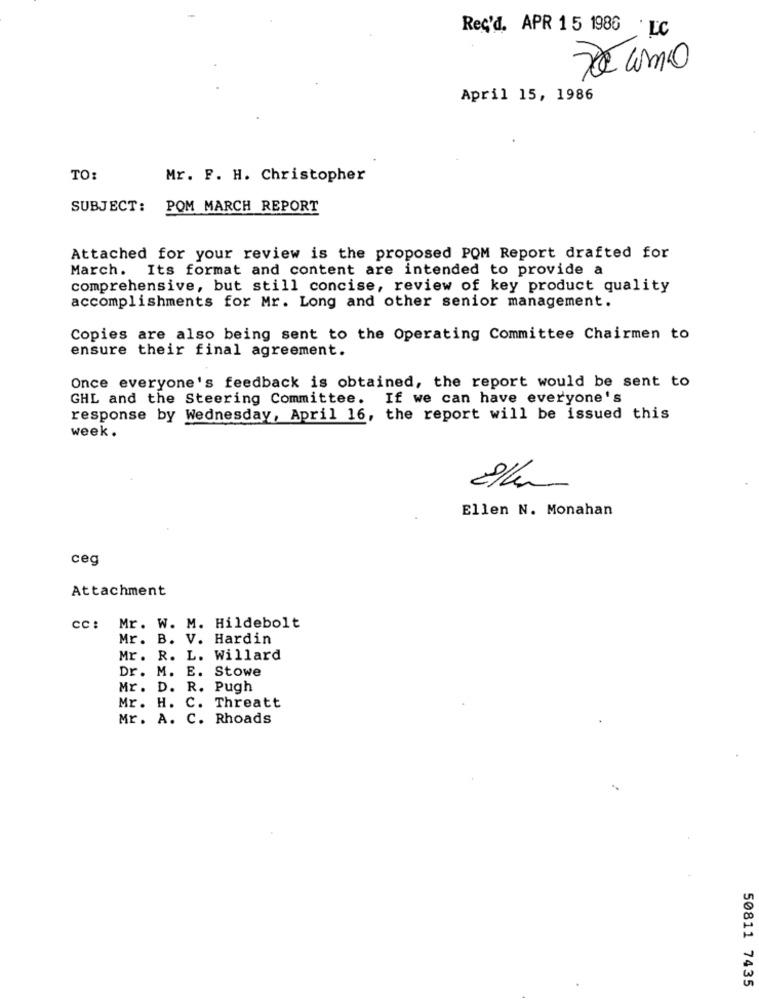
Rec'd. APR 15 1986
LC
April 15, 1986
TO:
Mr. F. H. Christopher
SUBJECT: POM MARCH REPORT
Attached for your review is the proposed POM Report drafted for
March. Its format and content are intended to provide a
comprehensive, but still concise, review of key product quality
accomplishments for Mr. Long and other senior management.
Copies are also being sent to the Operating Committee Chairmen to
ensure their final agreement.
Once everyone's feedback is obtained, the report would be sent to
GHL and the Steering Committee. If we can have everyone's
response by Wednesday, April 16, the report will be issued this
week.
2/hs
Ellen N. Monahan
ceg
Attachment
cc: Mr. W. M. Hildebolt
Mr. B. V. Hardin
Mr. R. L. Willard
Dr. M. E. Stowe
Mr. D. R. Pugh
Mr. H. C. Threatt
Mr. A. C. Rhoads
50811 7435